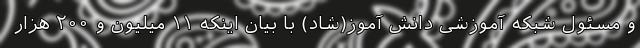
و مسئول شبکه آموزشی دانش آموز(شاد) با بیان اینکه ۱۱ میلیون و ۲۰۰ هزار